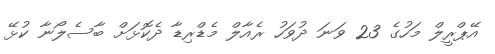
އޭޕްރީލް މަހުގެ 23 ވަނަ ދުވަހު ރެއާލް މެޑްރިޑާ ދެކޮޅަށް ބާސެލޯނާ ކުޅޭ